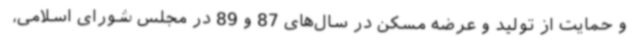
و حمایت از تولید و عرضه مسکن در سال‌های 87 و 89 در مجلس شورای اسلامی،